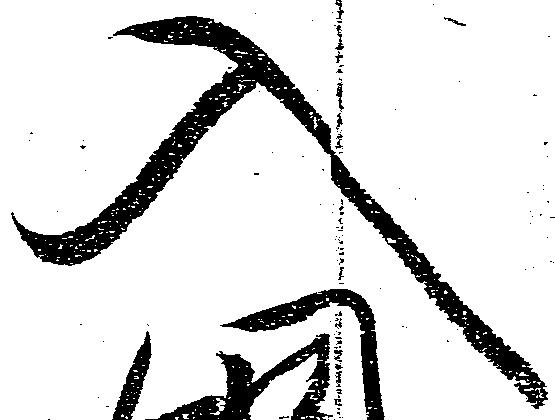
入